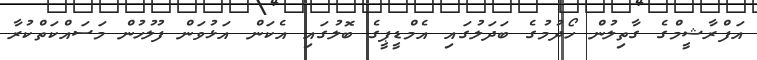
އަފްރާޝީމްގެ ގާތިލުން ހޯދުމުގެ ބަދަލުގައި އެމްޑީޕީގެ ބޮލުގައި އެކަން އަޅުވަން ފުލުހުން މަސައްކަތްކުރާ